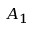
A _ { 1 }